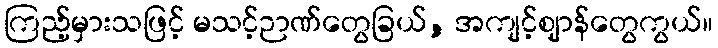
ကြည့်မှားသဖြင့် မသင့်ဉာဏ်တွေခြယ်, အကျင့်ဈာန်တွေကွယ်။